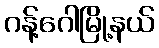
ဂန့်ဂေါမြို့နယ်